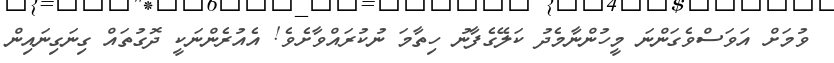
ވުމަށް އަވަސްވެގަންނަ މީހުންނާމެދު ކަލޭގެފާނު ހިތާމަ ނުކުރައްވާށެވެ! އެއުރެންނަކީ ދޮގުތައް ގިނަގިނައިން